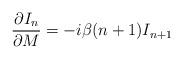
LaTeX: \begin{align*}{\partial I_{n}\over \partial M} = -i\beta(n+1)I_{n+1}\end{align*}